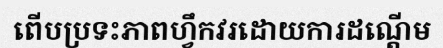
ពើបប្រទះភាពហ្វឹកវរដោយការដណ្តើម